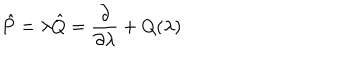
LaTeX: \hat { P } = \lambda \hat { Q } = { \frac { \partial } { \partial \lambda } } + Q ( \lambda )